Indian journal of veterinary science and animal husbandry - Volumes 18-21, 1948-1951
Year: 1948
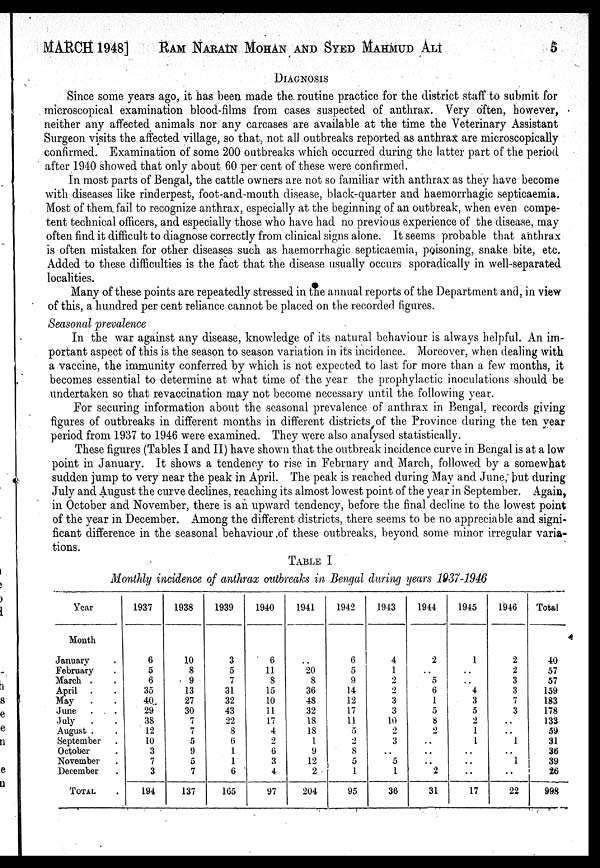
MARCH 1948] RAM NARAIN MOHAN AND SYED MAHMUD ALI 5
DIAGNOSIS
Since some years ago, it has been made the. routine practice for the district staff to submit for
microscopical examination blood-films from cases suspected of anthrax. Very often, however,
neither any affected animals nor any carcases are available at the time the Veterinary Assistant
Surgeon visits the affected village, so that, not all outbreaks reported as anthrax are microscopically
confirmed. Examination of some 200 outbreaks which occurred during the latter part of the period
after 1940 showed that only about 60 per cent of these were confirmed.
In most parts of Bengal, the cattle owners are not so familiar with anthrax as they have become
with diseases like rinderpest, foot-and-mouth disease, black-quarter and haemorrhagic septicaemia.
Most of them fail to recognize anthrax, especially at the beginning of an outbreak, when even compe-
tent technical officers, and especially those who have had no previous experience of the disease, may
often find it difficult to diagnose correctly from clinical signs alone. It seems probable that anthrax
is often mistaken for other diseases such as haemorrhagic septicaemia, poisoning, snake bite, etc.
Added to these difficulties is the fact that the disease usually occurs sporadically in well-separated
localities.
Many of these points are repeatedly stressed in the annual reports of the Department and, in view
of this, a hundred per cent reliance cannot be placed on the recorded figures.
Seasonal prevalence
In the war against any disease, knowledge of its natural behaviour is always helpful. An im-
portant aspect of this is the season to season variation in its incidence. Moreover, when dealing with
a vaccine, the immunity conferred by which is not expected to last for more than a few months, it
becomes essential to determine at what time of the year the prophylactic inoculations should be
undertaken so that revaccination may not become necessary until the following year.
For securing information about the seasonal prevalence of anthrax in Bengal, records giving
figures of outbreaks in different months in different districts of the Province during the ten year
period from 1937 to 1946 were examined. They were also analysed statistically.
These figures (Tables I and II) have shown that the outbreak incidence curve in Bengal is at a low
point in January. It shows a tendency to rise in February and March, followed by a somewhat
sudden jump to very near the peak in April. The peak is reached during May and June, but during
July and August the curve declines, reaching its almost lowest point of the year in September. Again,
in October and November, there is an upward tendency, before the final decline to the lowest point
of the year in December. Among the different districts, there seems to be no appreciable and signi-
ficant difference in the seasonal behaviour of these outbreaks, beyond some minor irregular varia-
tions.
TABLE I
Monthly incidence of anthrax outbreaks in Bengal during years 1937-1946
Year
Month
January .
February .
March . .
April . .
May . .
June . .
July
. .
August . .
September .
October .
November .
December .
TOTAL .
1937
6
5
6
35
40
29
38
12
10
3
7
3
194
1938
10
8
9
13
27
30
7
7
5
9
5
7
137
1939
3
5
7
31
32
43
22
8
6
1
1
6
105
1940
6
11
8
15
10
11
17
4
2
6
3
4
97
1941
. .
20
8
36
48
32
18
18
1
9
12
2
204
1942
6
5
9
14
12
17
11
5
2
8
5
1
95
1943
4
1
2
2
3
3
10
2
3
..
5
1
36
1944
2
..
5
6
1
5
8
3
..
..
5
1
31
1945
1
..
..
4
3
5
2
1
1
..
..
..
17
1946
2
2
3
3
7
3
..
..
1
..
1
..
22
Total
40
57
57
159
183
178
133
59
31
36
39
26
998